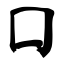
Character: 囗